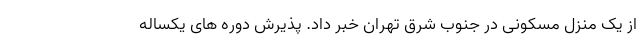
از یک منزل مسکونی در جنوب شرق تهران خبر داد. پذیرش دوره های يکساله